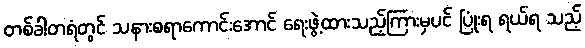
တစ်ခါတရံတွင် သနားစရာကောင်းအောင် ရေးဖွဲ့ထားသည့်ကြားမှပင် ပြုံးရ ရယ်ရ သည့်